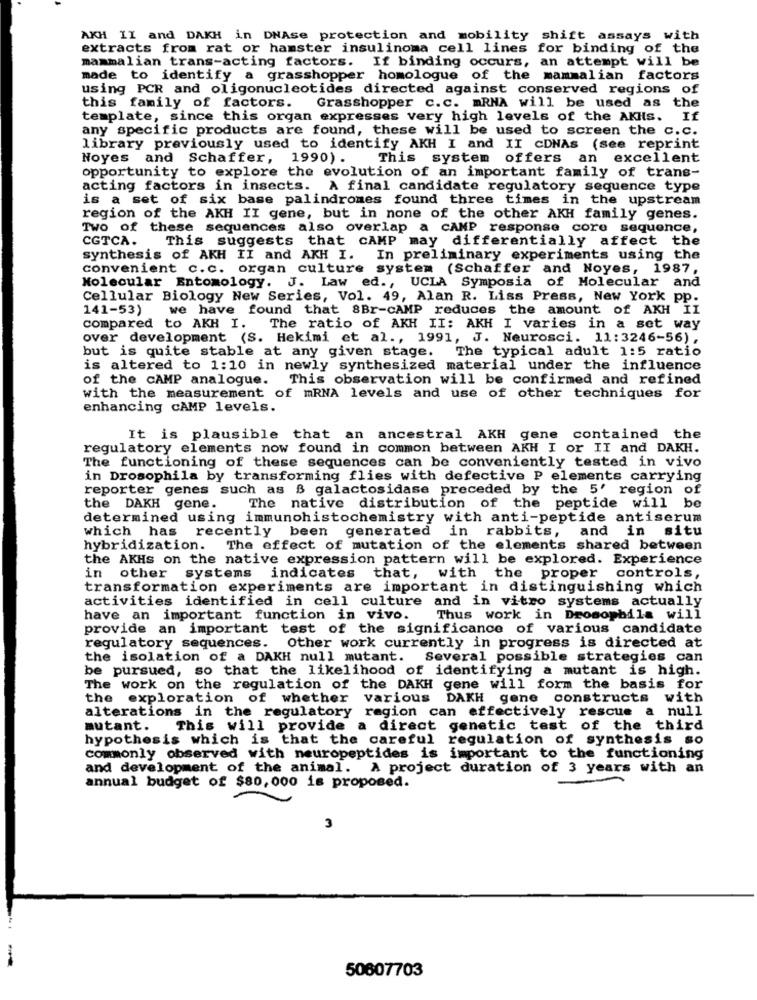
AKH II and DAKH in DNAse protection and mobility shift assays with
extracts from rat or hamster insulinoma cell lines for binding of the
mammalian trans-acting factors. If binding occurs, an attempt will be
made to identify a grasshopper homologue of the mammalian factors
using PCR and oligonucleotides directed against conserved regions of
this family of factors. Grasshopper c.c. mRNA will be used as the
template, since this organ expresses very high levels of the AKHs. If
any specific products are found, these will be used to screen the c.c.
library previously used to identify AKH I and II CDNAS (see reprint
Noyes and Schaffer, 1990). This system offers an excellent
opportunity to explore the evolution of an important family of trans-
acting factors in insects. A final candidate regulatory sequence type
is a set of six base palindromes found three times in the upstream
region of the AKH II gene, but in none of the other AKH family genes.
Two of these sequences also overlap a CAMP response core sequence,
CGTCA.
This suggests that CAMP may differentially affect the
synthesis of AKH II and AKH I. In preliminary experiments using the
convenient c.c. organ culture system (Schaffer and Noyes, 1987,
Molecular Entomology. J. Law ed ., UCLA Symposia of Molecular and
Cellular Biology New Series, Vol. 49, Alan R. Liss Press, New York pp.
141-53)
we have found that 8Br-CAMP reduces the amount of AKH II
compared to AKH I.
The ratio of AKH II: AKH I varies in a set way
over development (S. Hekimi et al ., 1991, J. Neurosci. 11:3246-56),
but is quite stable at any given stage. The typical adult 1:5 ratio
is altered to 1:10 in newly synthesized material under the influence
of the CAMP analogue.
This observation will be confirmed and refined
with the measurement of mRNA levels and use of other techniques for
enhancing cAMP levels.
It is plausible that an ancestral AKH gene contained the
regulatory elements now found in common between AKH I or II and DAKH.
The functioning of these sequences can be conveniently tested in vivo
in Drosophila by transforming flies with defective P elements carrying
reporter genes such as B galactosidase preceded by the 5' region of
the DAKH gene.
The native distribution of the peptide will be
determined using immunohistochemistry with anti-peptide antiserum
which has recently been generated in rabbits, and in situ
hybridization. The effect of mutation of the elements shared between
the AKHs on the native expression pattern will be explored. Experience
in other systems indicates that, with the proper controls,
transformation experiments are important in distinguishing which
activities identified in cell culture and in vitro systems actually
have an important function in vivo.
Thus work in Drosophila will
provide an important test of the significance of various candidate
regulatory sequences.
Other work currently in progress is directed at
the isolation of a DAKH null mutant. Several possible strategies can
be pursued, so that the likelihood of identifying a mutant is high.
The work on the regulation of the DAKH gene will form the basis for
the exploration of whether various DAKH gene constructs with
alterations in the regulatory region can effectively rescue a null
mutant. This will provide a direct genetic test of the third
hypothesis which is that the careful regulation of synthesis so
commonly observed with neuropeptides is important to the functioning
and development of the animal. A project duration of 3 years with an
annual budget of $80,000 is proposed.
3
50607703